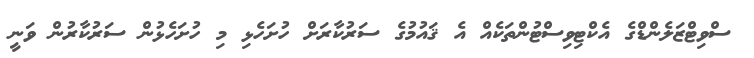
ސްވިޓްޒަލެންޑްގެ އެކްޓިވިސްޓުންތަކެއް އެ ޤައުމުގެ ސަރުކާރަށް ހުށަހެޅި މި ހުށަހެޅުން ސަރުކާރުން ވަނީ